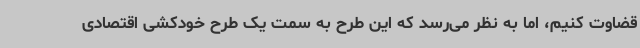
قضاوت کنیم، اما به نظر می‌رسد که این طرح به سمت یک طرح خودکشی اقتصادی